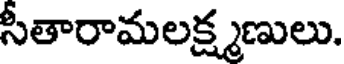
సీతారామలక్ష్మణులు.